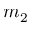
m _ { 2 }